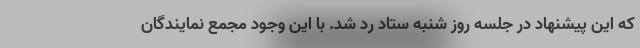
که این پیشنهاد در جلسه روز شنبه ستاد رد شد. با این وجود مجمع نمایندگان